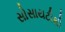
સોસાયટીથી